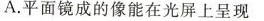
A.平面镜成的像能在光屏上呈现